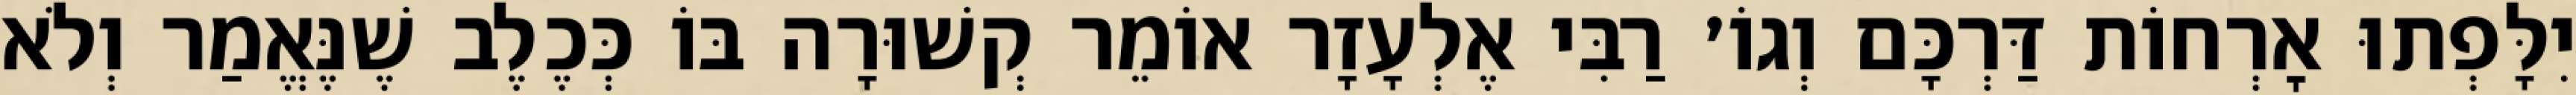
יִלָּפְתוּ אׇרְחוֹת דַּרְכָּם וְגוֹ׳ רַבִּי אֶלְעָזָר אוֹמֵר קְשׁוּרָה בּוֹ כְּכֶלֶב שֶׁנֶּאֱמַר וְלֹא